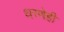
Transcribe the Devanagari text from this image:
धरणेही